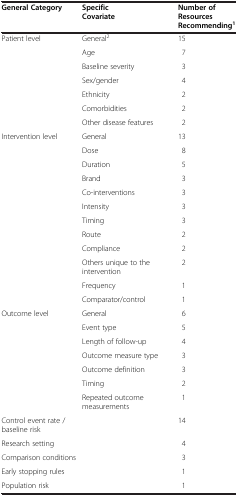
<table><thead><tr><td><b>General Category</b></td><td><b>Specific Covariate</b></td><td><b>Number of Resources Recommending<sup>1</sup></b></td></tr></thead><tbody><tr><td>Patient level</td><td>General<sup>2</sup></td><td>15</td></tr><tr><td> </td><td>Age</td><td>7</td></tr><tr><td> </td><td>Baseline severity</td><td>3</td></tr><tr><td> </td><td>Sex/gender</td><td>4</td></tr><tr><td> </td><td>Ethnicity</td><td>2</td></tr><tr><td> </td><td>Comorbidities</td><td>2</td></tr><tr><td> </td><td>Other disease features</td><td>2</td></tr><tr><td>Intervention level</td><td>General</td><td>13</td></tr><tr><td> </td><td>Dose</td><td>8</td></tr><tr><td> </td><td>Duration</td><td>5</td></tr><tr><td> </td><td>Brand</td><td>3</td></tr><tr><td> </td><td>Co-interventions</td><td>3</td></tr><tr><td> </td><td>Intensity</td><td>3</td></tr><tr><td> </td><td>Timing</td><td>3</td></tr><tr><td> </td><td>Route</td><td>2</td></tr><tr><td> </td><td>Compliance</td><td>2</td></tr><tr><td> </td><td>Others unique to the intervention</td><td>2</td></tr><tr><td> </td><td>Frequency</td><td>1</td></tr><tr><td> </td><td>Comparator/control</td><td>1</td></tr><tr><td>Outcome level</td><td>General</td><td>6</td></tr><tr><td> </td><td>Event type</td><td>5</td></tr><tr><td> </td><td>Length of follow-up</td><td>4</td></tr><tr><td> </td><td>Outcome measure type</td><td>3</td></tr><tr><td> </td><td>Outcome definition</td><td>3</td></tr><tr><td> </td><td>Timing</td><td>2</td></tr><tr><td> </td><td>Repeated outcome measurements</td><td>1</td></tr><tr><td colspan="2">Control event rate / baseline risk</td><td>14</td></tr><tr><td colspan="2">Research setting</td><td>4</td></tr><tr><td colspan="2">Comparison conditions</td><td>3</td></tr><tr><td colspan="2">Early stopping rules</td><td>1</td></tr><tr><td colspan="2">Population risk</td><td>1</td></tr></tbody></table>